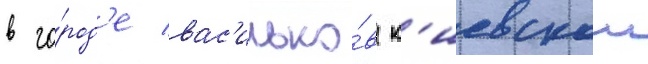
в го́род'е вас'илько́в к'иевскои